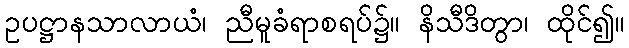
ဥပဋ္ဌာနသာလာယံ၊ ညီမူခံရာစရပ်၌။ နိသီဒိတွာ၊ ထိုင်၍။